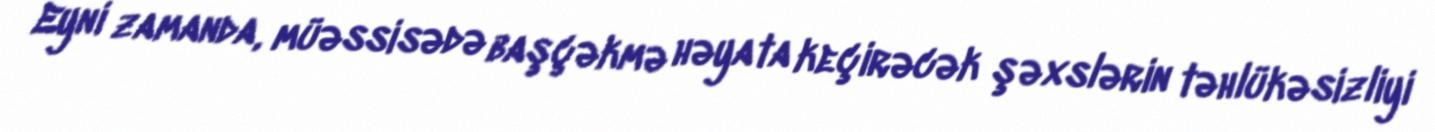
Eyni zamanda, müəssisədə başçəkmə həyata keçirəcək şəxslərin təhlükəsizliyi